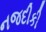
નજદીકી